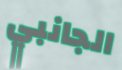
الجانبي